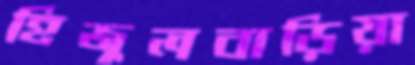
হিজুলবাড়িয়া